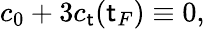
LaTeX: c_{0}+3c_{\mathsf{t}}(\mathsf{t}_{F})\equiv0,